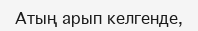
Атың арып келгенде,